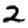
Digit: 2